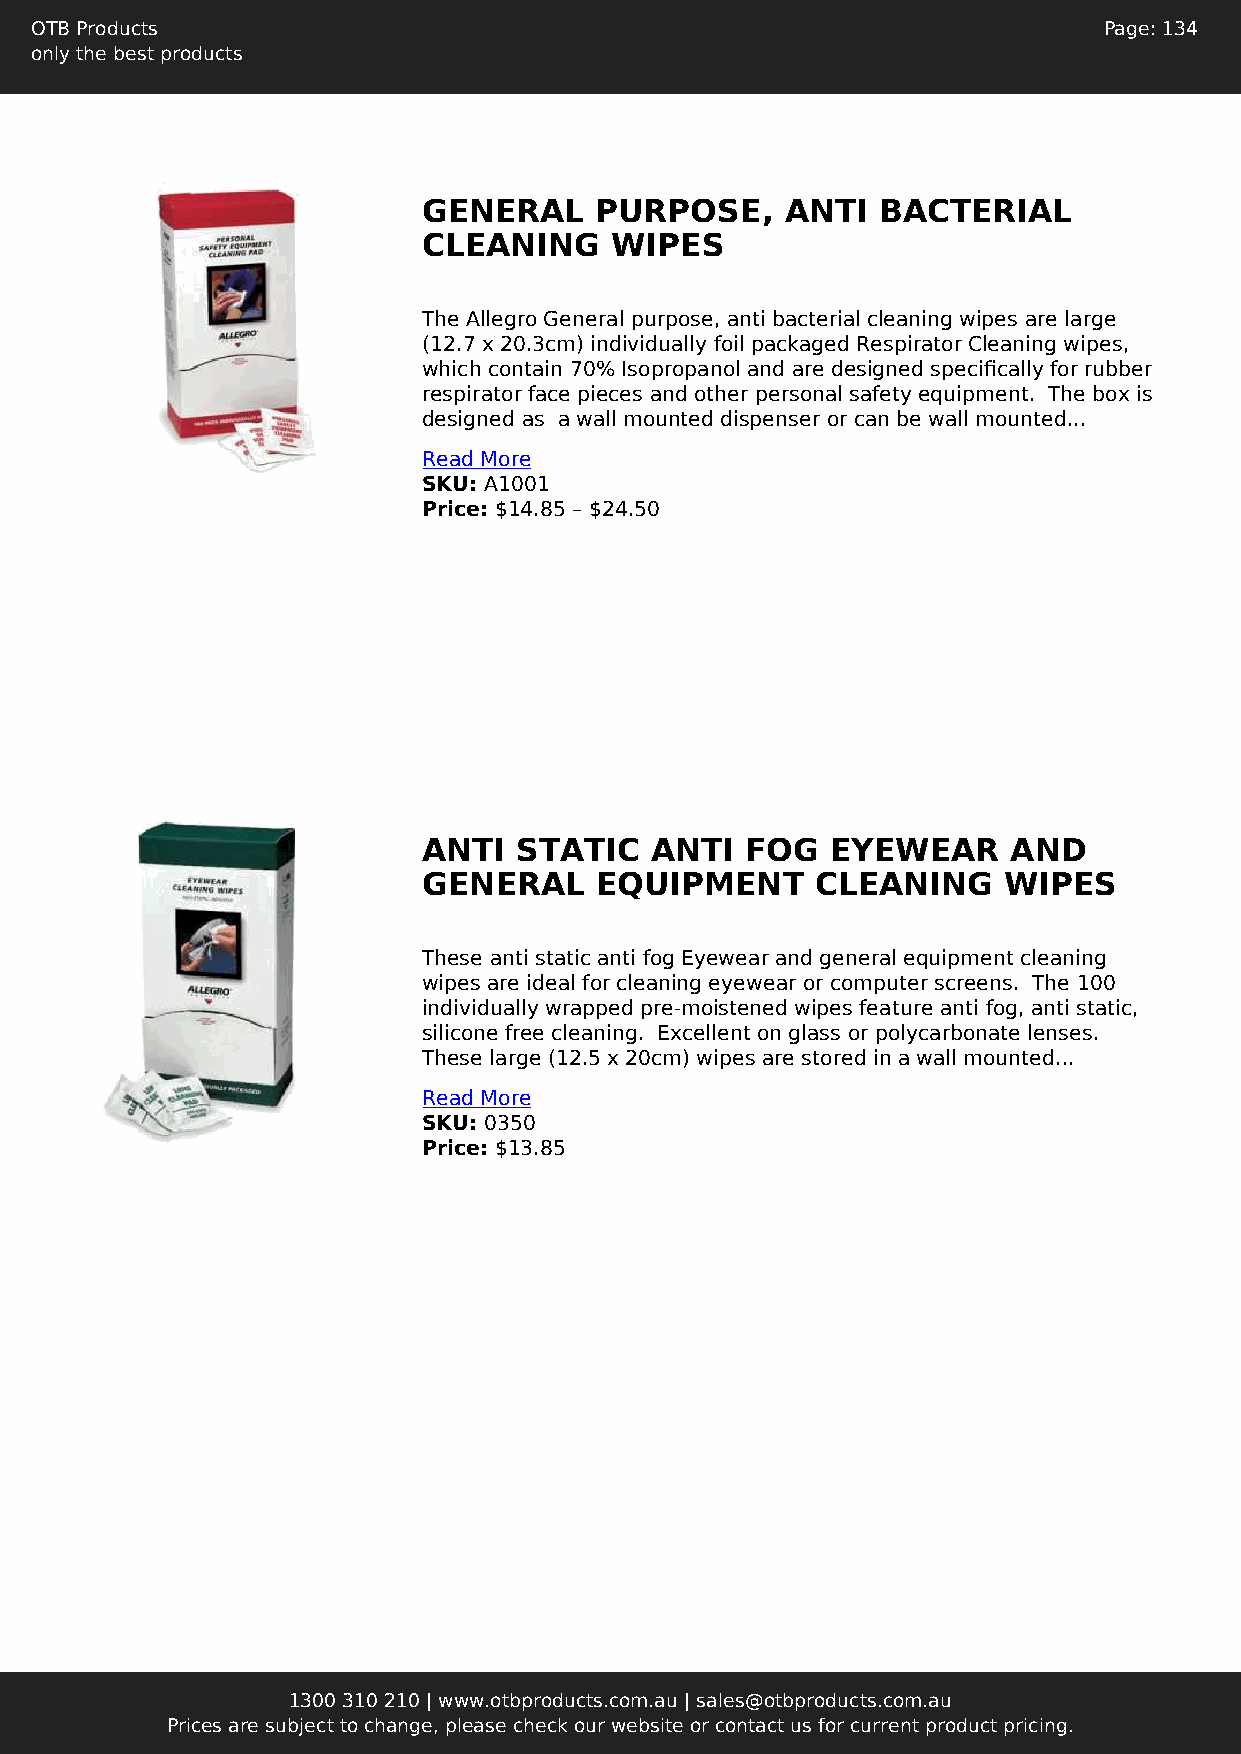
OTB Products                                                           Page: 134
 only the best products
 GENERAL    PURPOSE,     ANTI  BACTERIAL
 CLEANING    WIPES
 The Allegro General purpose, anti bacterial cleaning wipes are large
 (12.7 x 20.3cm) individually foil packaged Respirator Cleaning wipes,
 which contain 70% Isopropanol and are designed specifically for rubber
 respirator face pieces and other personal safety equipment. The box is
 designed as a wall mounted dispenser or can be wall mounted...
 Read More
 SKU: A1001
 Price: $14.85 – $24.50
 ANTI  STATIC   ANTI  FOG   EYEWEAR     AND
 GENERAL    EQUIPMENT      CLEANING    WIPES
 These anti static anti fog Eyewear and general equipment cleaning
 wipes are ideal for cleaning eyewear or computer screens. The 100
 individually wrapped pre-moistened wipes feature anti fog, anti static,
 silicone free cleaning. Excellent on glass or polycarbonate lenses.
 These large (12.5 x 20cm) wipes are stored in a wall mounted...
 Read More
 SKU: 0350
 Price: $13.85
 1300 310 210 | www.otbproducts.com.au | sales@otbproducts.com.au
 Prices are subject to change, please check our website or contact us for current product pricing.